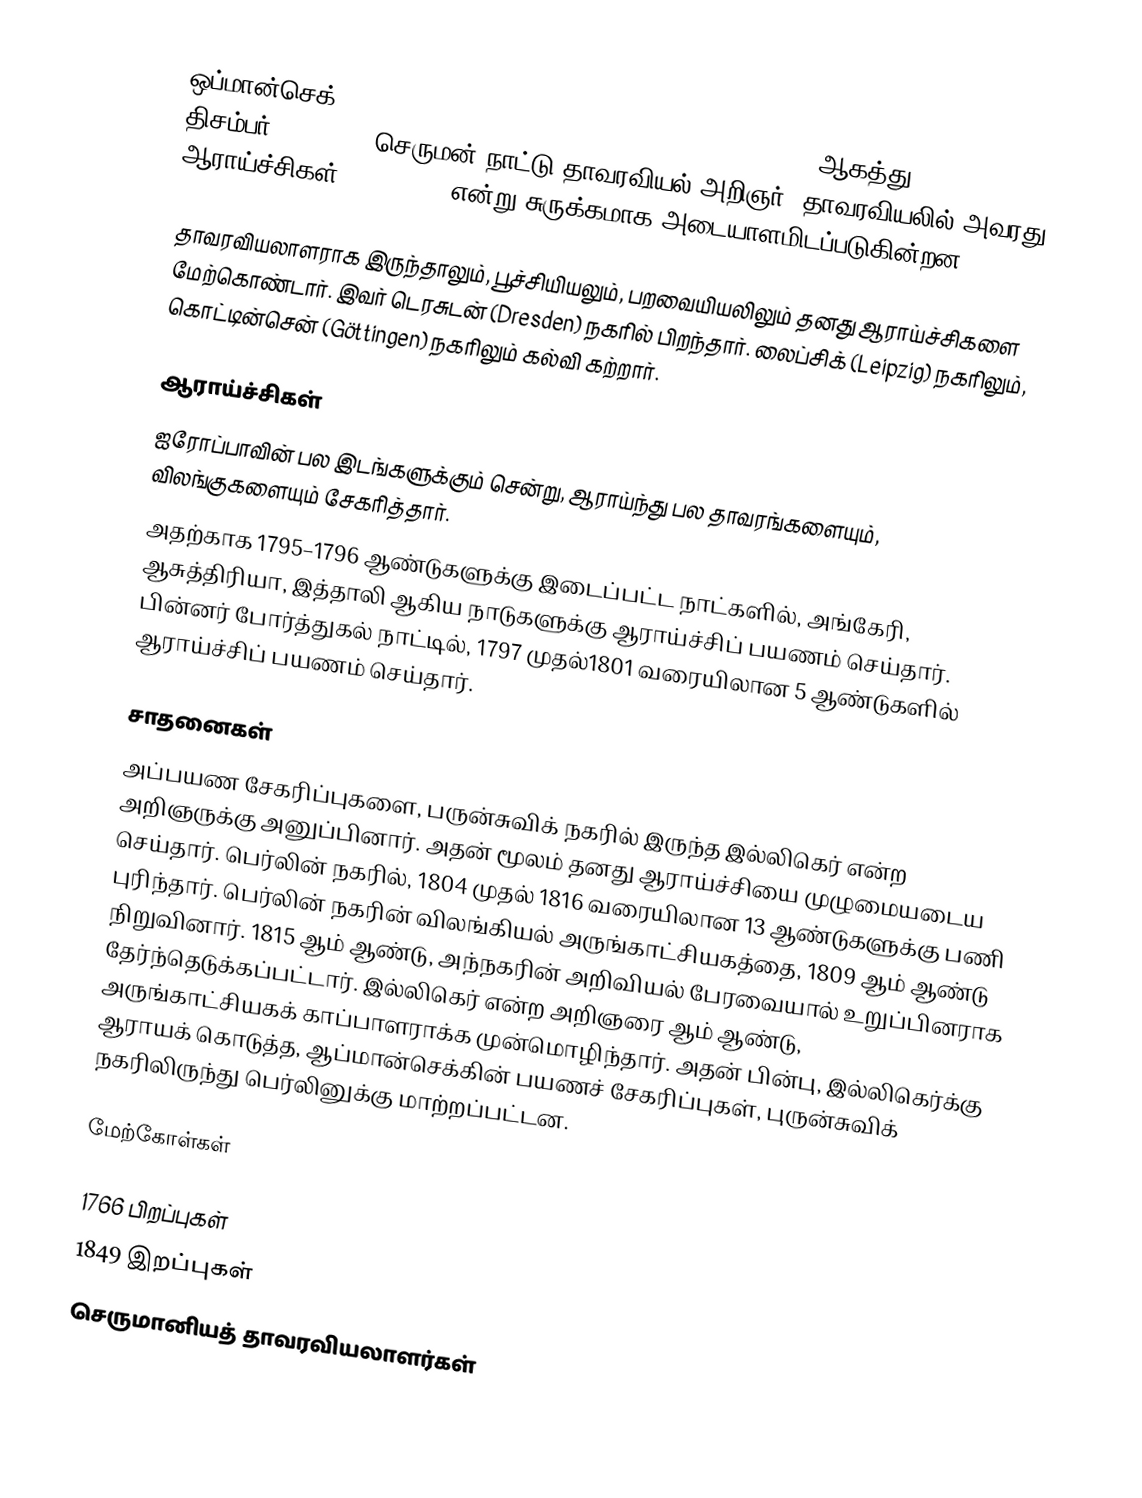
ஒப்மான்செக் (Johann Centurius Hoffmann Graf von Hoffmannsegg, ஆகத்து 23, 1766 – திசம்பர் 13, 1849) செருமன் நாட்டு தாவரவியல் அறிஞர். தாவரவியலில் அவரது ஆராய்ச்சிகள், Hoffmanns என்று சுருக்கமாக அடையாளமிடப்படுகின்றன.

தாவரவியலாளராக இருந்தாலும்,  பூச்சியியலும், பறவையியலிலும் தனது ஆராய்ச்சிகளை மேற்கொண்டார். இவர் டெரசுடன் (Dresden) நகரில் பிறந்தார். லைப்சிக் (Leipzig) நகரிலும், கொட்டின்சென் (Göttingen) நகரிலும் கல்வி கற்றார்.

ஆராய்ச்சிகள்
ஐரோப்பாவின் பல இடங்களுக்கும் சென்று, ஆராய்ந்து பல தாவரங்களையும், விலங்குகளையும் சேகரித்தார்.
அதற்காக 1795–1796 ஆண்டுகளுக்கு இடைப்பட்ட நாட்களில், அங்கேரி, ஆசுத்திரியா, இத்தாலி ஆகிய நாடுகளுக்கு ஆராய்ச்சிப் பயணம் செய்தார். பின்னர் போர்த்துகல் நாட்டில், 1797 முதல்1801 வரையிலான 5 ஆண்டுகளில்  ஆராய்ச்சிப் பயணம் செய்தார்.

சாதனைகள்
அப்பயண சேகரிப்புகளை, பருன்சுவிக் நகரில் இருந்த இல்லிகெர் என்ற அறிஞருக்கு அனுப்பினார். அதன் மூலம் தனது ஆராய்ச்சியை முழுமையடைய செய்தார். பெர்லின் நகரில், 1804 முதல் 1816 வரையிலான 13 ஆண்டுகளுக்கு பணி புரிந்தார். பெர்லின் நகரின் விலங்கியல் அருங்காட்சியகத்தை, 1809 ஆம் ஆண்டு நிறுவினார். 1815 ஆம் ஆண்டு, அந்நகரின் அறிவியல் பேரவையால் உறுப்பினராக தேர்ந்தெடுக்கப்பட்டார். இல்லிகெர் என்ற அறிஞரை ஆம் ஆண்டு, அருங்காட்சியகக் காப்பாளராக்க முன்மொழிந்தார். அதன் பின்பு, இல்லிகெர்க்கு ஆராயக் கொடுத்த, ஆப்மான்செக்கின் பயணச் சேகரிப்புகள், புருன்சுவிக் நகரிலிருந்து பெர்லினுக்கு மாற்றப்பட்டன.

மேற்கோள்கள்

1766 பிறப்புகள்
1849 இறப்புகள்
செருமானியத் தாவரவியலாளர்கள்